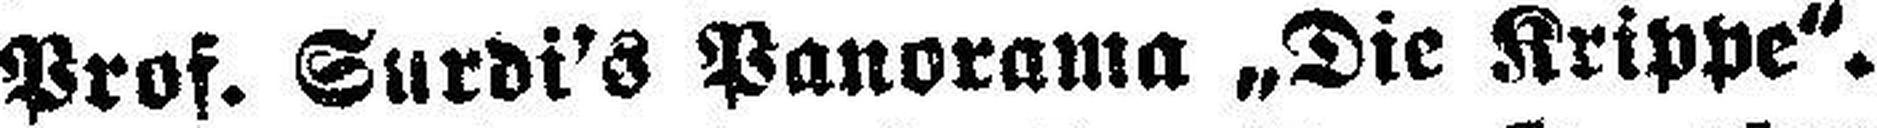
Prof. Surdi's Panorama „Die Krippe“.